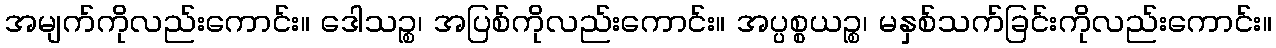
အမျက်ကိုလည်းကောင်း။ ဒေါသဉ္စ၊ အပြစ်ကိုလည်းကောင်း။ အပ္ပစ္စယဉ္စ၊ မနှစ်သက်ခြင်းကိုလည်းကောင်း။